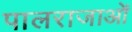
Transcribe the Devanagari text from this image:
पालराजाओं